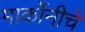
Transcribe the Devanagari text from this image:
मार्कोनीचे